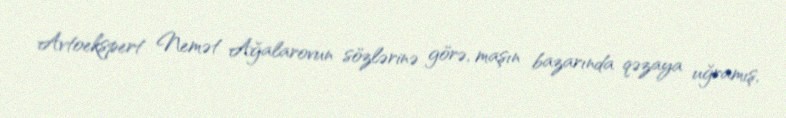
Avtoekspert Nemət Ağalarovun sözlərinə görə, maşın bazarında qəzaya uğramış,